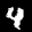
Label: 4